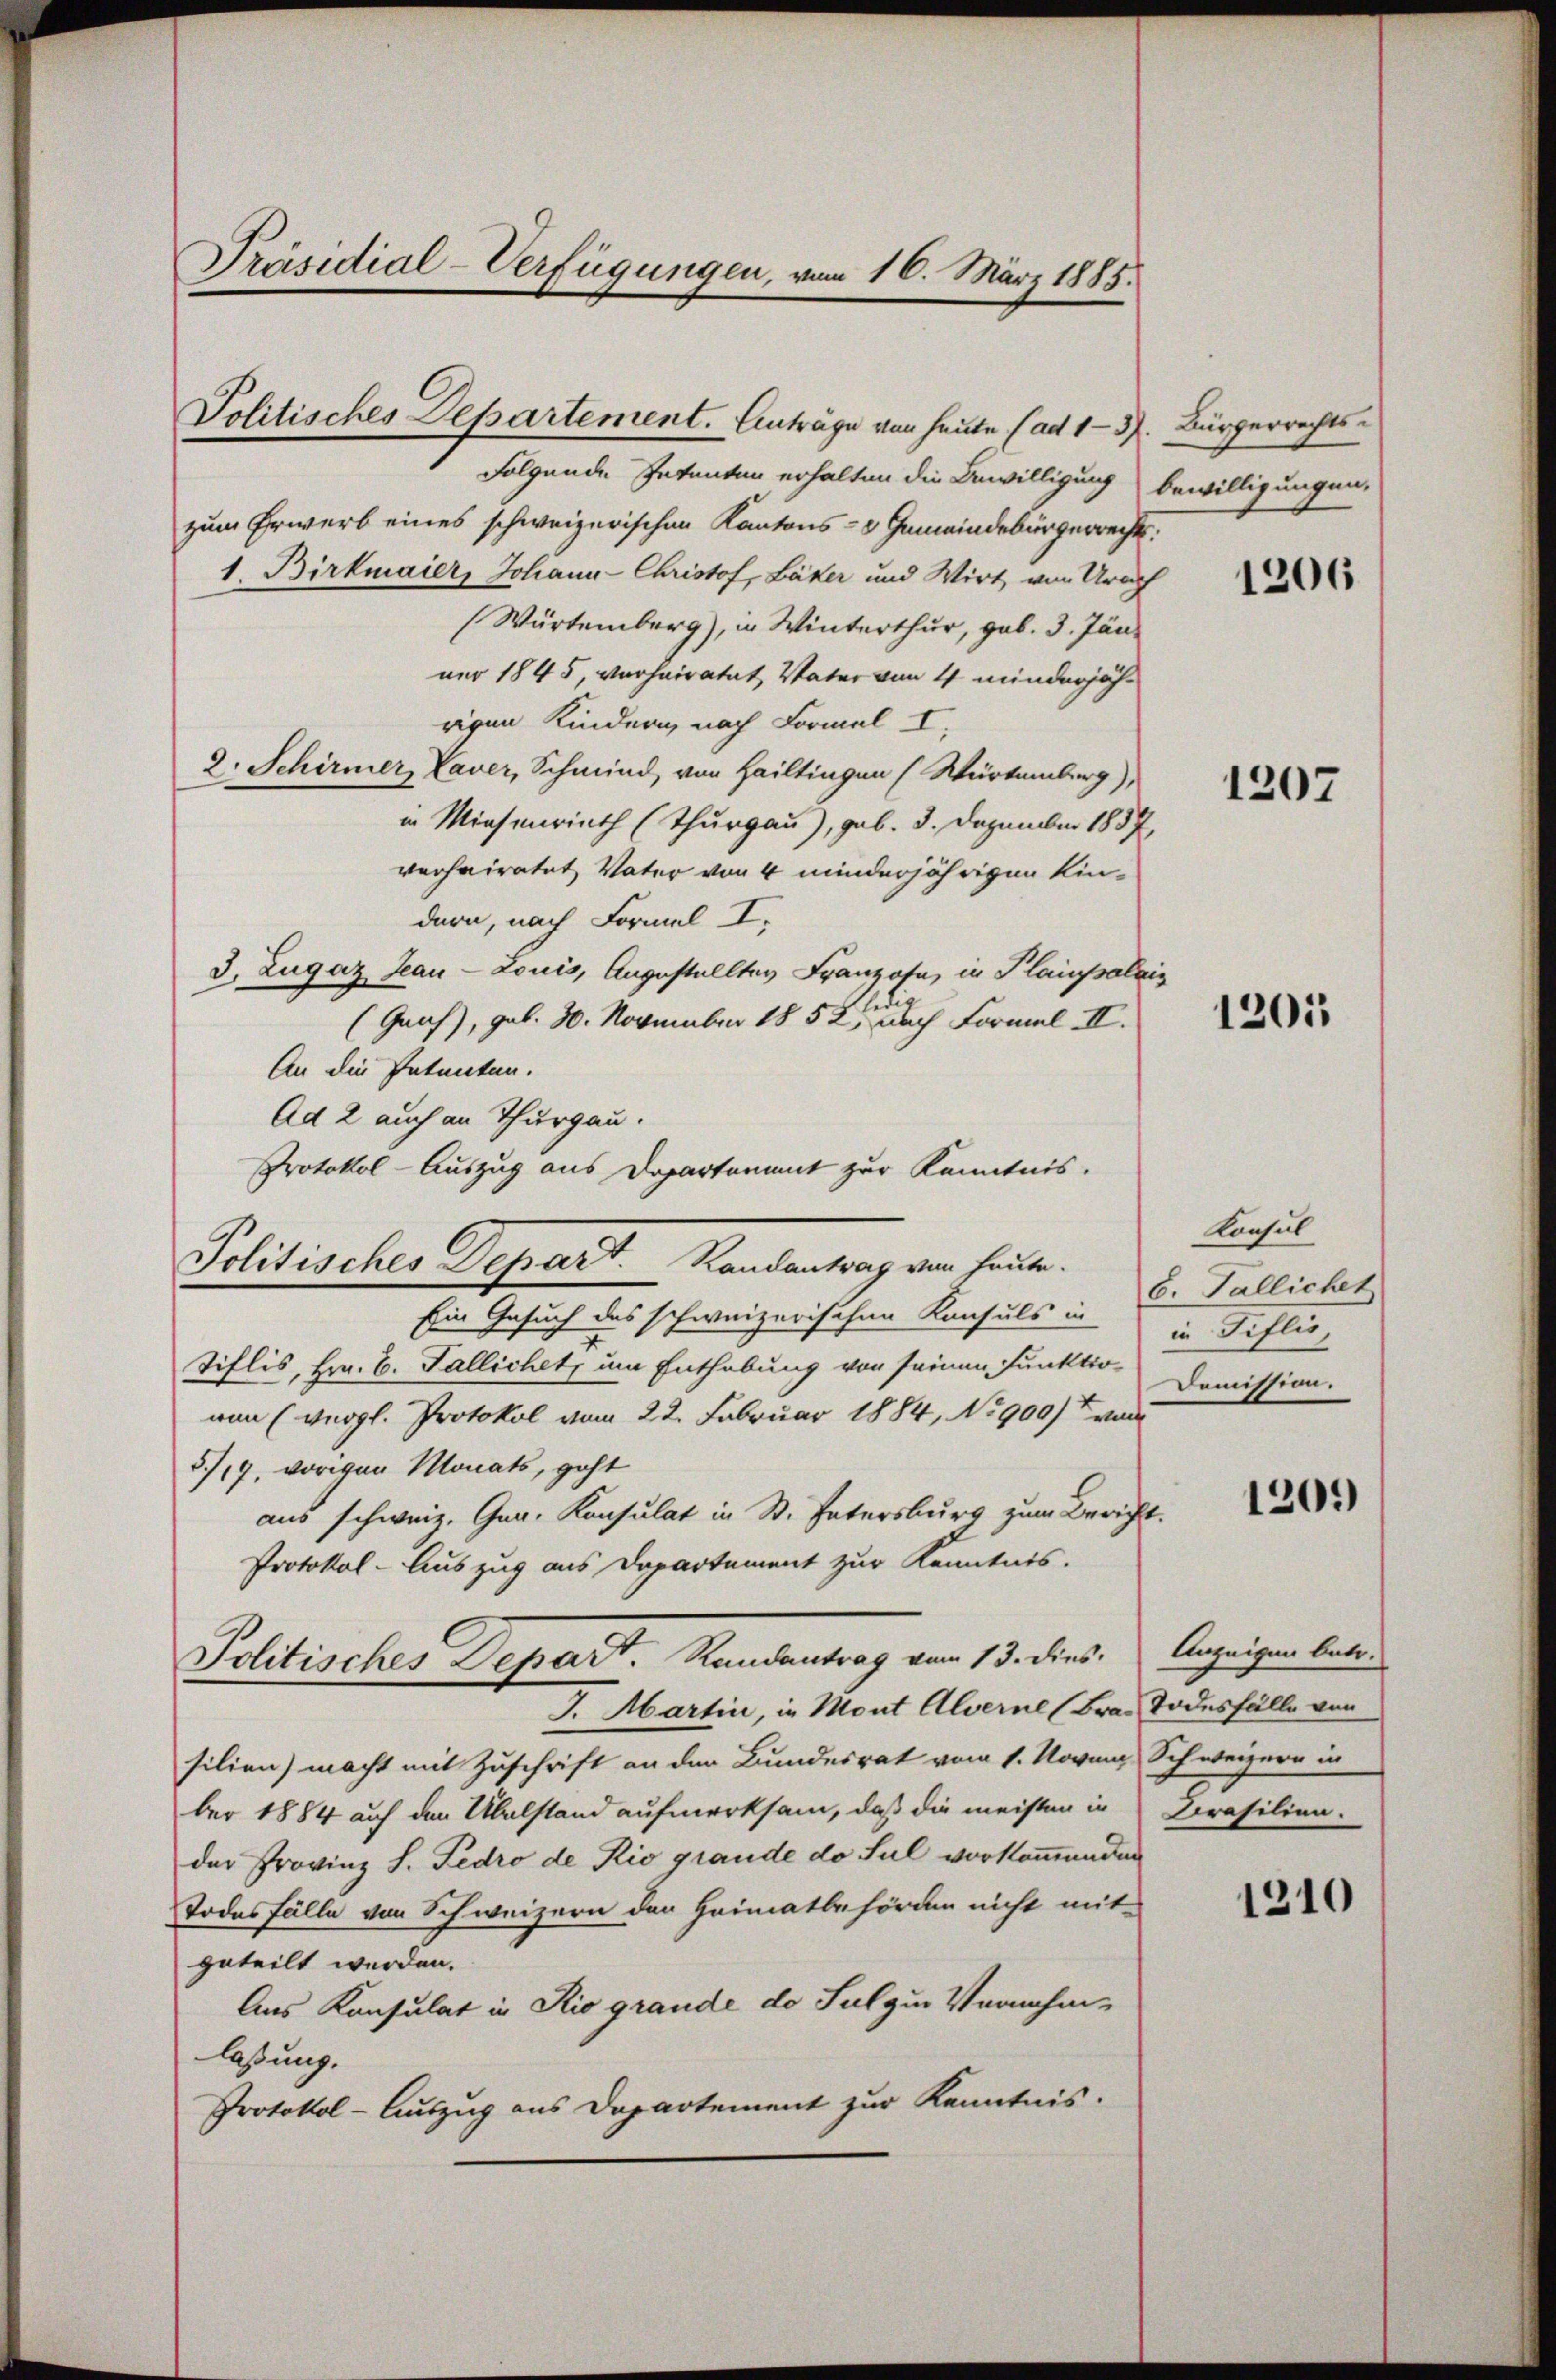
Präsidial-Verfügungen, vom 16. März 1885.

folgende Intenten erhalten die Bewilligung bewilligungen,
zum Erwerb eines schweizerischen Kantons- & Gemeindebürgerrecht:
1. Birkmaier, Johann Christof, Bäker und Wirt, von Urach
Würtemberg), in Winterthur, geb. 3. Jänner 1845, verheiratet, Vater von 4 minderjährigen Kindern nach Formel I
2. Schirmer, Laver, Schmied, von Hailtingen (Würtemberg),
in Miesenrieth (Thurgau), geb. 3. Dezember 1857,
verheiratet, Vater von 4 minderjährigen Kindern, nach Formel I
3. Zugaz Jean Louis, Angestellter Franzohn, in Plaissalais
(Graf, geb. 30. November 1852, nach Formel II.
An die Petenten.
Ad 2 auch an Thurgau.
Protokol-Auszug aus Departement zur Kenntnis.
Politisches Depart. Landantrag von heute.
Ein Gesuch des schweizerischen Konsuls in in Tiflio,
Tiflis, Hrn. B. Fallichet, um Enthebung von seinen Funktio-
von (vergl. Protokol vom 22. Februar 1884, No 900) von
3/19. vorigen Monats, geht
aus schweiz. Gen. Konsulat in St. Intersburg zum Bericht.
Protokol- Auszug aus Departement zur Kenntnis.
Politisches Depart. Randentrag vom 13. dies. Anzeigen betr.
J. Martin, in Mont Alverne (Bra. Todesfälle von
silien) macht mit Zuschrift an den Bundesrat vom 1. Novem Schweizern in
ber 1884 auf den Übelstand aufmerksam, daß die meisten in Corasilien-
der Provinz S. Pedro de Rio grande do sul vorkommenden
Todesfälle von Schweizern den Heimatbehörden nicht mit
geteilt werden.
Aus Konsulat in Rio grande do Sulzur Vernahm-
lassung.
Protokol-Auszug aus Departement zur Kenntnis.

Politisches Departement. Anträge von heute (ad 1-37. Bürgerrechts-

1206

1207

1205

Konsul
6. Pallichet
Domission.

1209)

1210